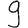
Digit: 9